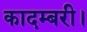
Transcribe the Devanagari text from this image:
कादम्बरी।